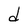
Character: d